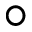
\circ